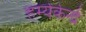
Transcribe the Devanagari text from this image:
हर्म्यकेन्द्रे